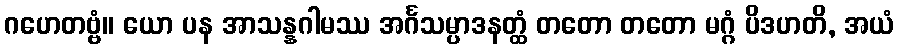
ဂဟေတဗ္ဗံ။ ယော ပန အာသန္နဂါမဿ အင်္ဂသမ္ပာဒနတ္ထံ တတော တတော မဂ္ဂံ ပိဒဟတိ, အယံ